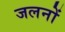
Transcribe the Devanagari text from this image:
जलनों